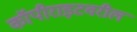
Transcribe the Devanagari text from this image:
कॉपीराइटवरील